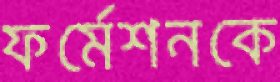
ফর্মেশনকে